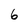
Character: 6